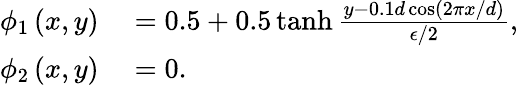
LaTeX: \begin{array}{rl}{\phi_{1}\left(x,y\right)}&{{}=0.5+0.5\operatorname{tanh}\frac{y-0.1d\cos\left(2\pi x/d\right)}{\epsilon/2},}\\ {\phi_{2}\left(x,y\right)}&{{}=0.}\end{array}